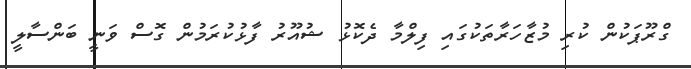
ގްރޫޕަކުން ކުރި މުޒާހަރާތަކުގައި ފިލްމާ ދެކޮޅު ޝުއޫރު ފާޅުކުރަމުން ގޮސް ވަނީ ބަންސާލީ